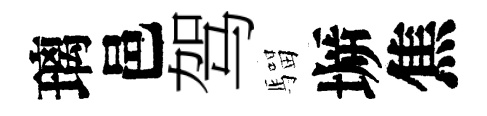
璃邑驾騮󶱲焦